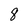
Character: 8